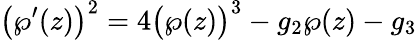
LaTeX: {\bigl(}\wp^{\prime}(z){\bigr)}^{2}=4{\bigl(}\wp(z){\bigr)}^{3}-g_{2}\wp(z)-g_{3}